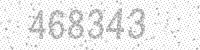
Solution: 468343